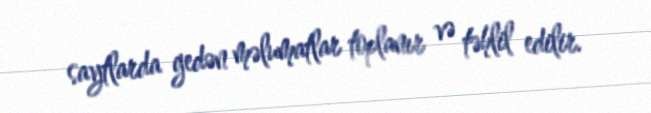
saytlarda gedən məlumatlar toplanır və təhlil edilir.